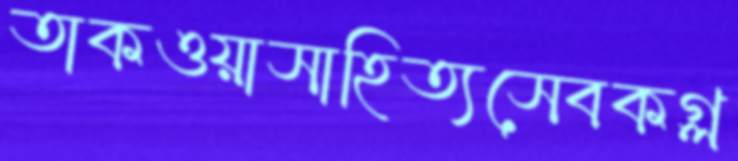
তাকওয়াসাহিত্যসেবকগ্ল